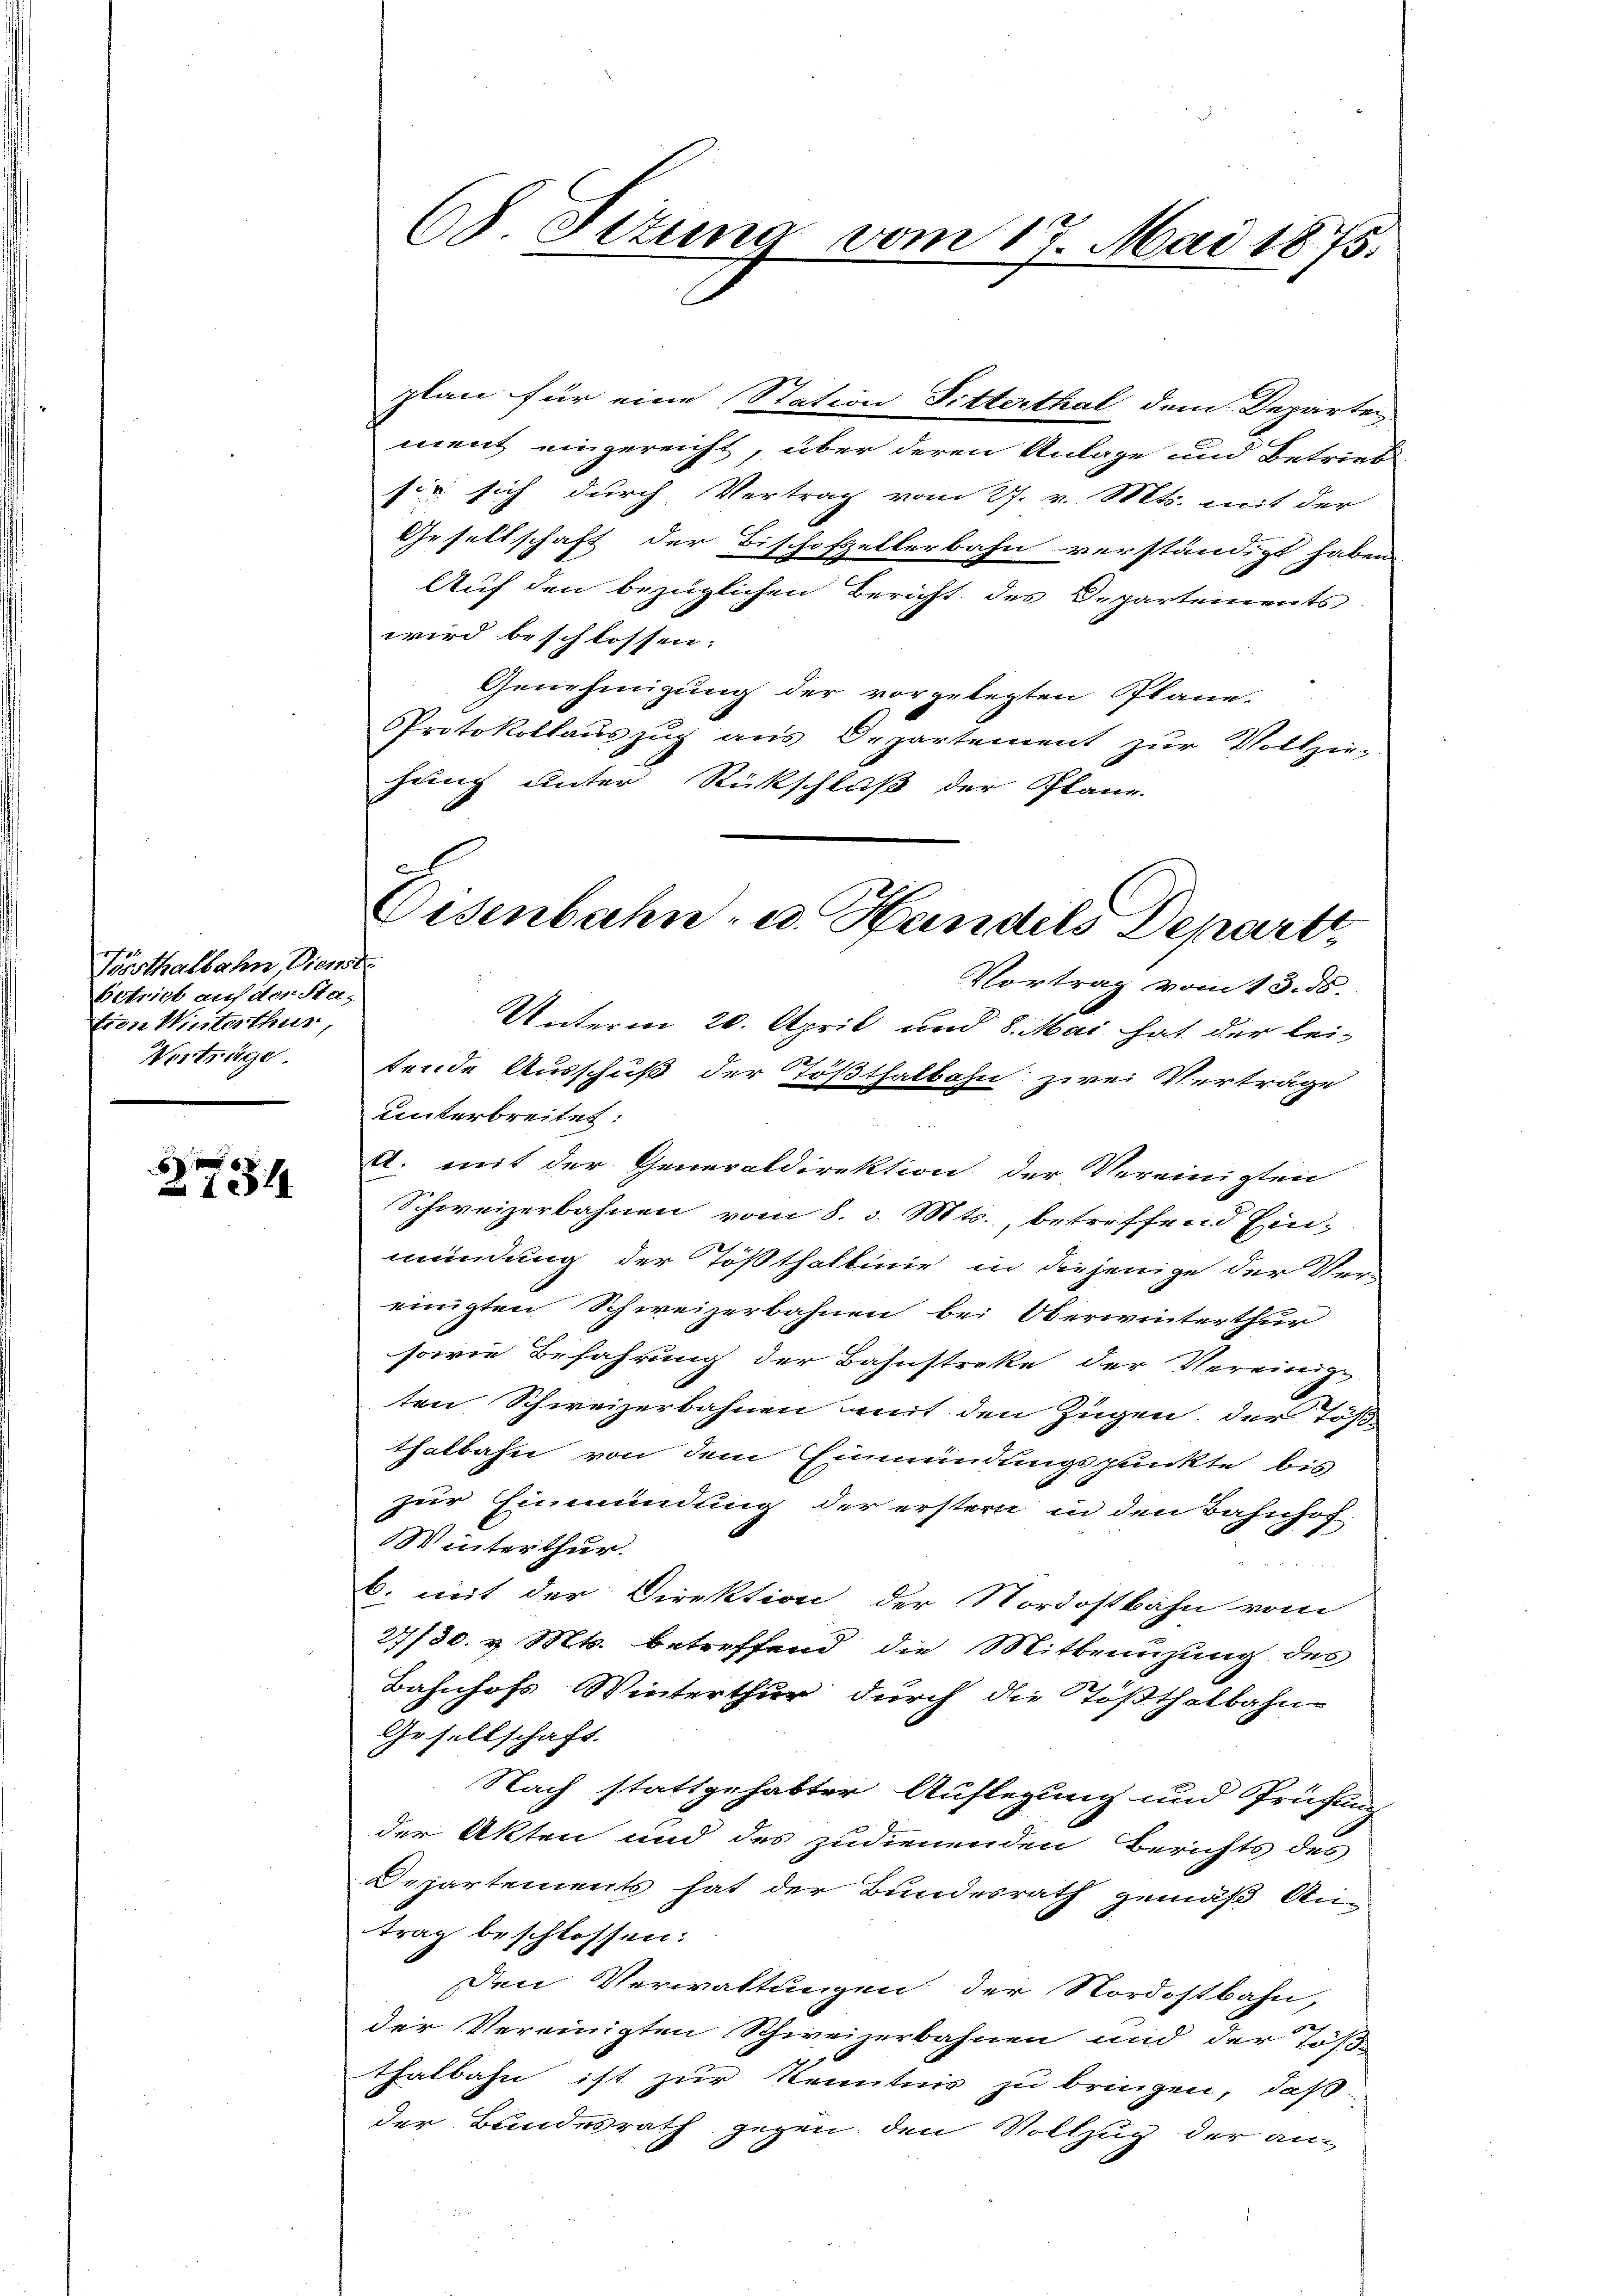
6
 1344

Bösthalbahn, Dienst
Betrist auf der Sta-
tien Winterthur,
Verträge

68. Setung vom 17. Mai 1875.

plan für eine Station Pitterthal dem Departen
ment eingereicht, über deren Anlage und Betrieb
sie sich durch Vertrag vom 27. v. Mts. mit der
Gesellschaft der Bischofzellerbahn verständigt haben
Auf den bezüglichen Bericht des Departements
wird beschlossen:
Genehmigung der vorgelegten Plane.
PProtokollauszug aus Departement zur Vollzie-
hung unter Rückschluß der Plane.
Vortrag vom 13. ds.
Unterm 20. April und 8. Mai hat der lei-
tende Ausschuß der Tößthalbahn zwei Verträge
unterbreitet:
A. mit der Generaldirektion der Vereinigten
Schweizerbahnen vom 8. d. Mts., betreffend Einmündung der Tößthaltinie in diejenige der Ver-
einigten Schweizerbahnen bei Oberwinterthur
sowie Befahrung der Bahnstreke der Vereinige
ten Schweizerbahnen mit den Zügen, der Töß
thalbahn von dem Einmündungspunkte bis
zur Einmündung der erstern in den Bahnhof
Winterthur.
6. mit der Direktion der Nordostbahn vom
27/30. v. Mts. betreffend die Mitbenuzung des
Bahnhofs Winterthur durch die Tößthalbahn-
Gesellschaft.
Nach stattgehabter Auflegung und Prüfung
der Akten und des zudienenden Berichts des
Departements hat der Bundesrath gemäß An-
trag beschlossen:
Den Verwaltungen der Nordostbahn,
der Vereinigten Schweizerbahnen und der Töß-
thalbahn ist zur Kenntnis zu bringen, daß
der Bundesrath gegen den Vollzug der an¬

Eisenbahn- u. Handels Departe